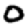
Digit: 0